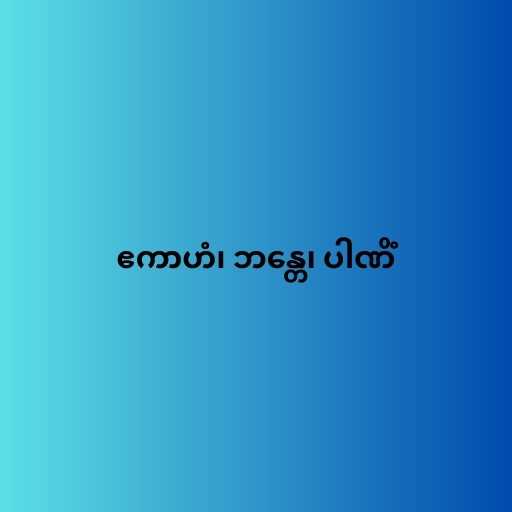
ဧကာဟံ၊ ဘန္တေ၊ ပါဏိံ